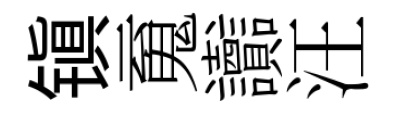
镇䰟讟汪